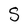
Character: S